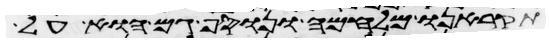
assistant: תקראנו מלחמה ונוסף גם הוא על